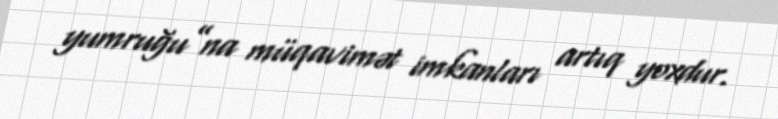
yumruğu”na müqavimət imkanları artıq yoxdur.